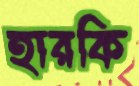
হারকি